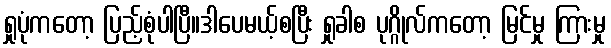
ရှုပုံကတော့ ပြည့်စုံပါပြီ။ဒါပေမယ့်စပြီး ရှုခါစ ပုဂ္ဂိုလ်ကတော့ မြင်မှု ကြားမှု